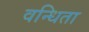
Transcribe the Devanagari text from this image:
वन्धिता